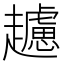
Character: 𧾧